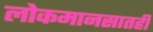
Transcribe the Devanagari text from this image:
लोकमानसातही